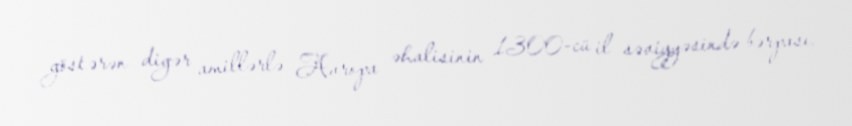
göstərən digər amillərlə Avropa əhalisinin 1300-cü il səviyyəsində bərpası,